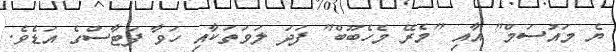
ޔެ މައުސަމް" އާއި "މެރޭ މެހެބޫބް" ފަދަ ލަވަތަކާއި ހަވާ ފަޓާސްގެ އަޑެވެ.